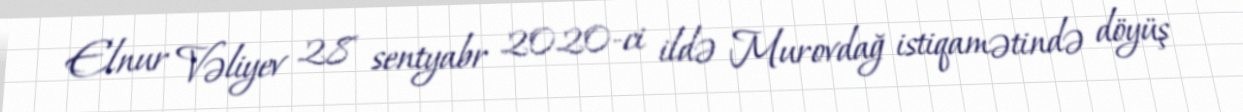
Elnur Vəliyev 28 sentyabr 2020-ci ildə Murovdağ istiqamətində döyüş